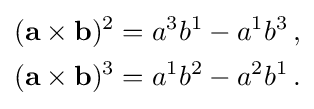
{\begin{aligned}(\mathbf {a\times b} )^{2}&=a^{3}b^{1}-a^{1}b^{3}\,,\\(\mathbf {a\times b} )^{3}&=a^{1}b^{2}-a^{2}b^{1}\,.\end{aligned}}